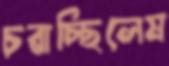
চরাচ্ছিলেম